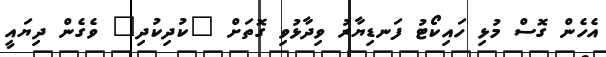
އެހެން ގޮސް މުޅި ހައިކޯޓު ފަނޑިޔާރު ވިދާޅުވި ގޮތަށް "ކުދިކުދި" ވެގެން ދިޔައީ